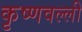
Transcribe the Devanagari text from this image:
कृष्णवल्ली